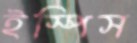
ইস্পিস